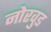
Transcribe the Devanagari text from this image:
नोरवुड